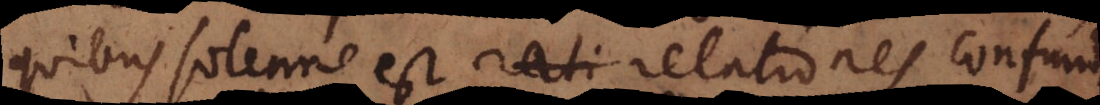
quibus solenne est relationes confundere